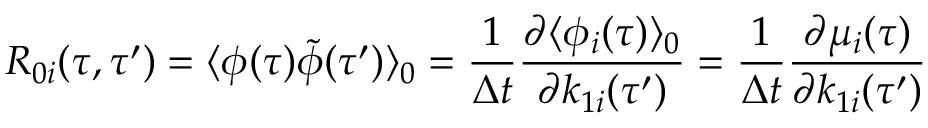
R _ { 0 i } ( \tau , \tau ^ { \prime } ) = \langle \phi ( \tau ) \tilde { \phi } ( \tau ^ { \prime } ) \rangle _ { 0 } = \frac { 1 } { \Delta t } \frac { \partial \langle \phi _ { i } ( \tau ) \rangle _ { 0 } } { \partial k _ { 1 i } { ( \tau ^ { \prime } ) } } = \frac { 1 } { \Delta t } \frac { \partial \mu _ { i } ( \tau ) } { \partial k _ { 1 i } ( \tau ^ { \prime } ) }